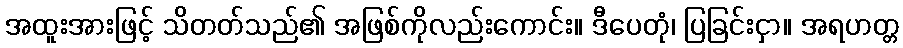
အထူးအားဖြင့် သိတတ်သည်၏ အဖြစ်ကိုလည်းကောင်း။ ဒီပေတုံ၊ ပြခြင်းငှာ။ အရဟတ္တ